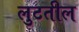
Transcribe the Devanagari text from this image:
लुटतील